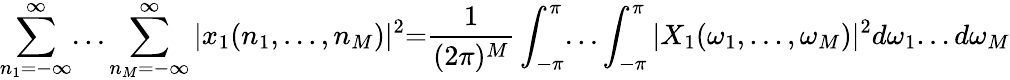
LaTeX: \sum_{n_{1}=-\infty}^{\infty}...\sum_{n_{M}=-\infty}^{\infty}|x_{1}(n_{1},...,n_{M})|^{2}{=}{\frac{1}{(2\pi)^{M}}}\int_{-\pi}^{\pi}...\int_{-\pi}^{\pi}|X_{1}(\omega_{1},...,\omega_{M})|^{2}d\omega_{1}...d\omega_{M}